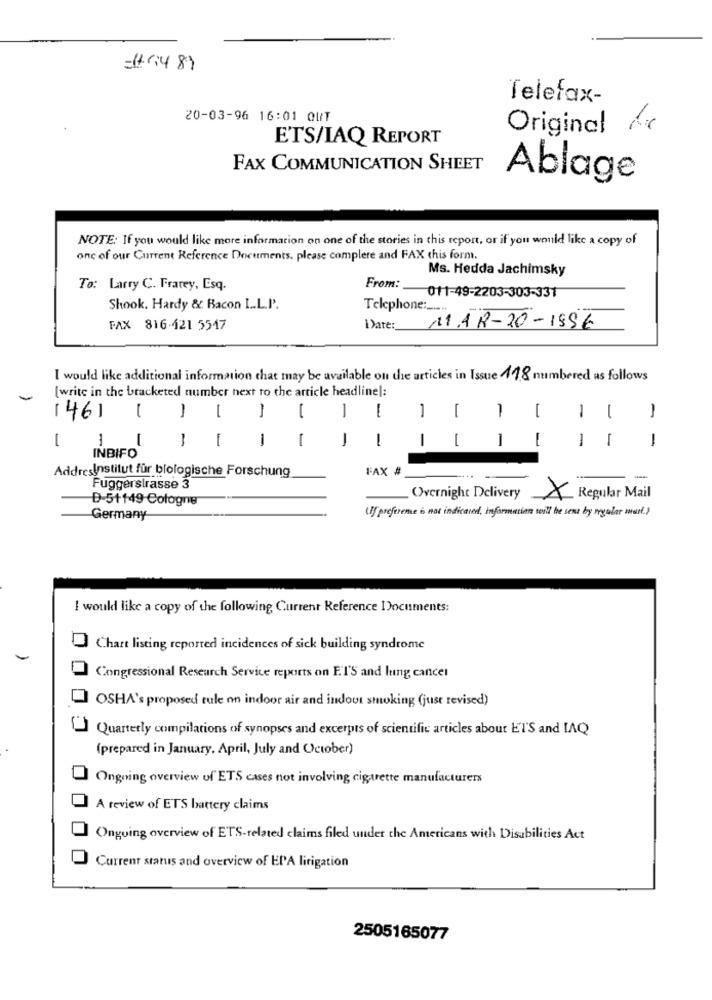
-11/14 89
Telefax-
20-03-96 16:01 OUT
Original
ETS/IAQ REPORT
FAX COMMUNICATION SHEET
Ablage
NOTE: If you would like more information on one of the stories in this report, or if you would like a copy of
one of our Current Reference Documents. please complete and FAX this form.
Ms. Hedda Jachimsky
To: Larry C. Frarey, Esq.
From:
011-49-2203-303-331
Shook. Hardy & Bacon L.L.P.
Telephone :_....
FAX 816-121 5547
Date: 11.18-20-1896
I would like additional information that may be available on the articles in Issue 418 numbered as follows
[write in the bracketed number next to the article headlinel:
-
1
1
1
1
1
[46] 1
-
-
-
-
-
1
1
- -
1
1
-
1
1
-
-
-
-
INBIFO
FAX #
AddresInstitut für biologische Forschung
-
Fuggerstrasse 3
D-5+149-Cologne
Overnight Delivery
X
Regular Mail
(If preference is not indicated, information will the sent by regular mat.)
Germany
I would like a copy of the following Current Reference Documents:
Chart listing reported incidences of sick building syndrome
Congressional Research Service reports on FI'S and lung cancer
OSHA's proposed tule on indoor air and indout smoking (just revised)
Quarterly compilations of synopses and excerpts of scientific articles about ET'S and IAQ
(prepared in January. April, July and October)
Ongoing overview of ETS cases not involving cigarette manufacturers
A review of ETS battery claims
Ongoing overview of ETS-related claims filed under the Americans with Disabilities Act
Current status and overview of EIA litigation
2505165077